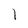
Character: 1